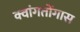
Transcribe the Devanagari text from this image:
क्वांगतोंगास